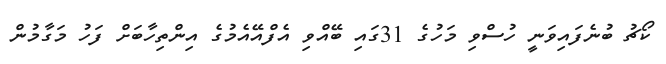
ކޯޗު ބުނެފައިވަނީ ހުސްވި މަހުގެ 31ގައި ބޭއްވި އެފްއޭއެމުގެ އިންތިހާބަށް ފަހު މަގާމުން